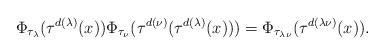
LaTeX: \begin{align*}\Phi_{\tau_\lambda}(\tau^{d(\lambda)}(x))\Phi_{\tau_\nu}(\tau^{d(\nu)}(\tau^{d(\lambda)}(x)))=\Phi_{\tau_{\lambda\nu}}(\tau^{d(\lambda\nu)}(x)).\end{align*}